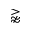
\gnapprox